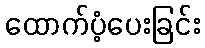
ထောက်ပံ့ပေးခြင်း